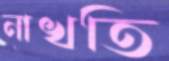
নাখতি